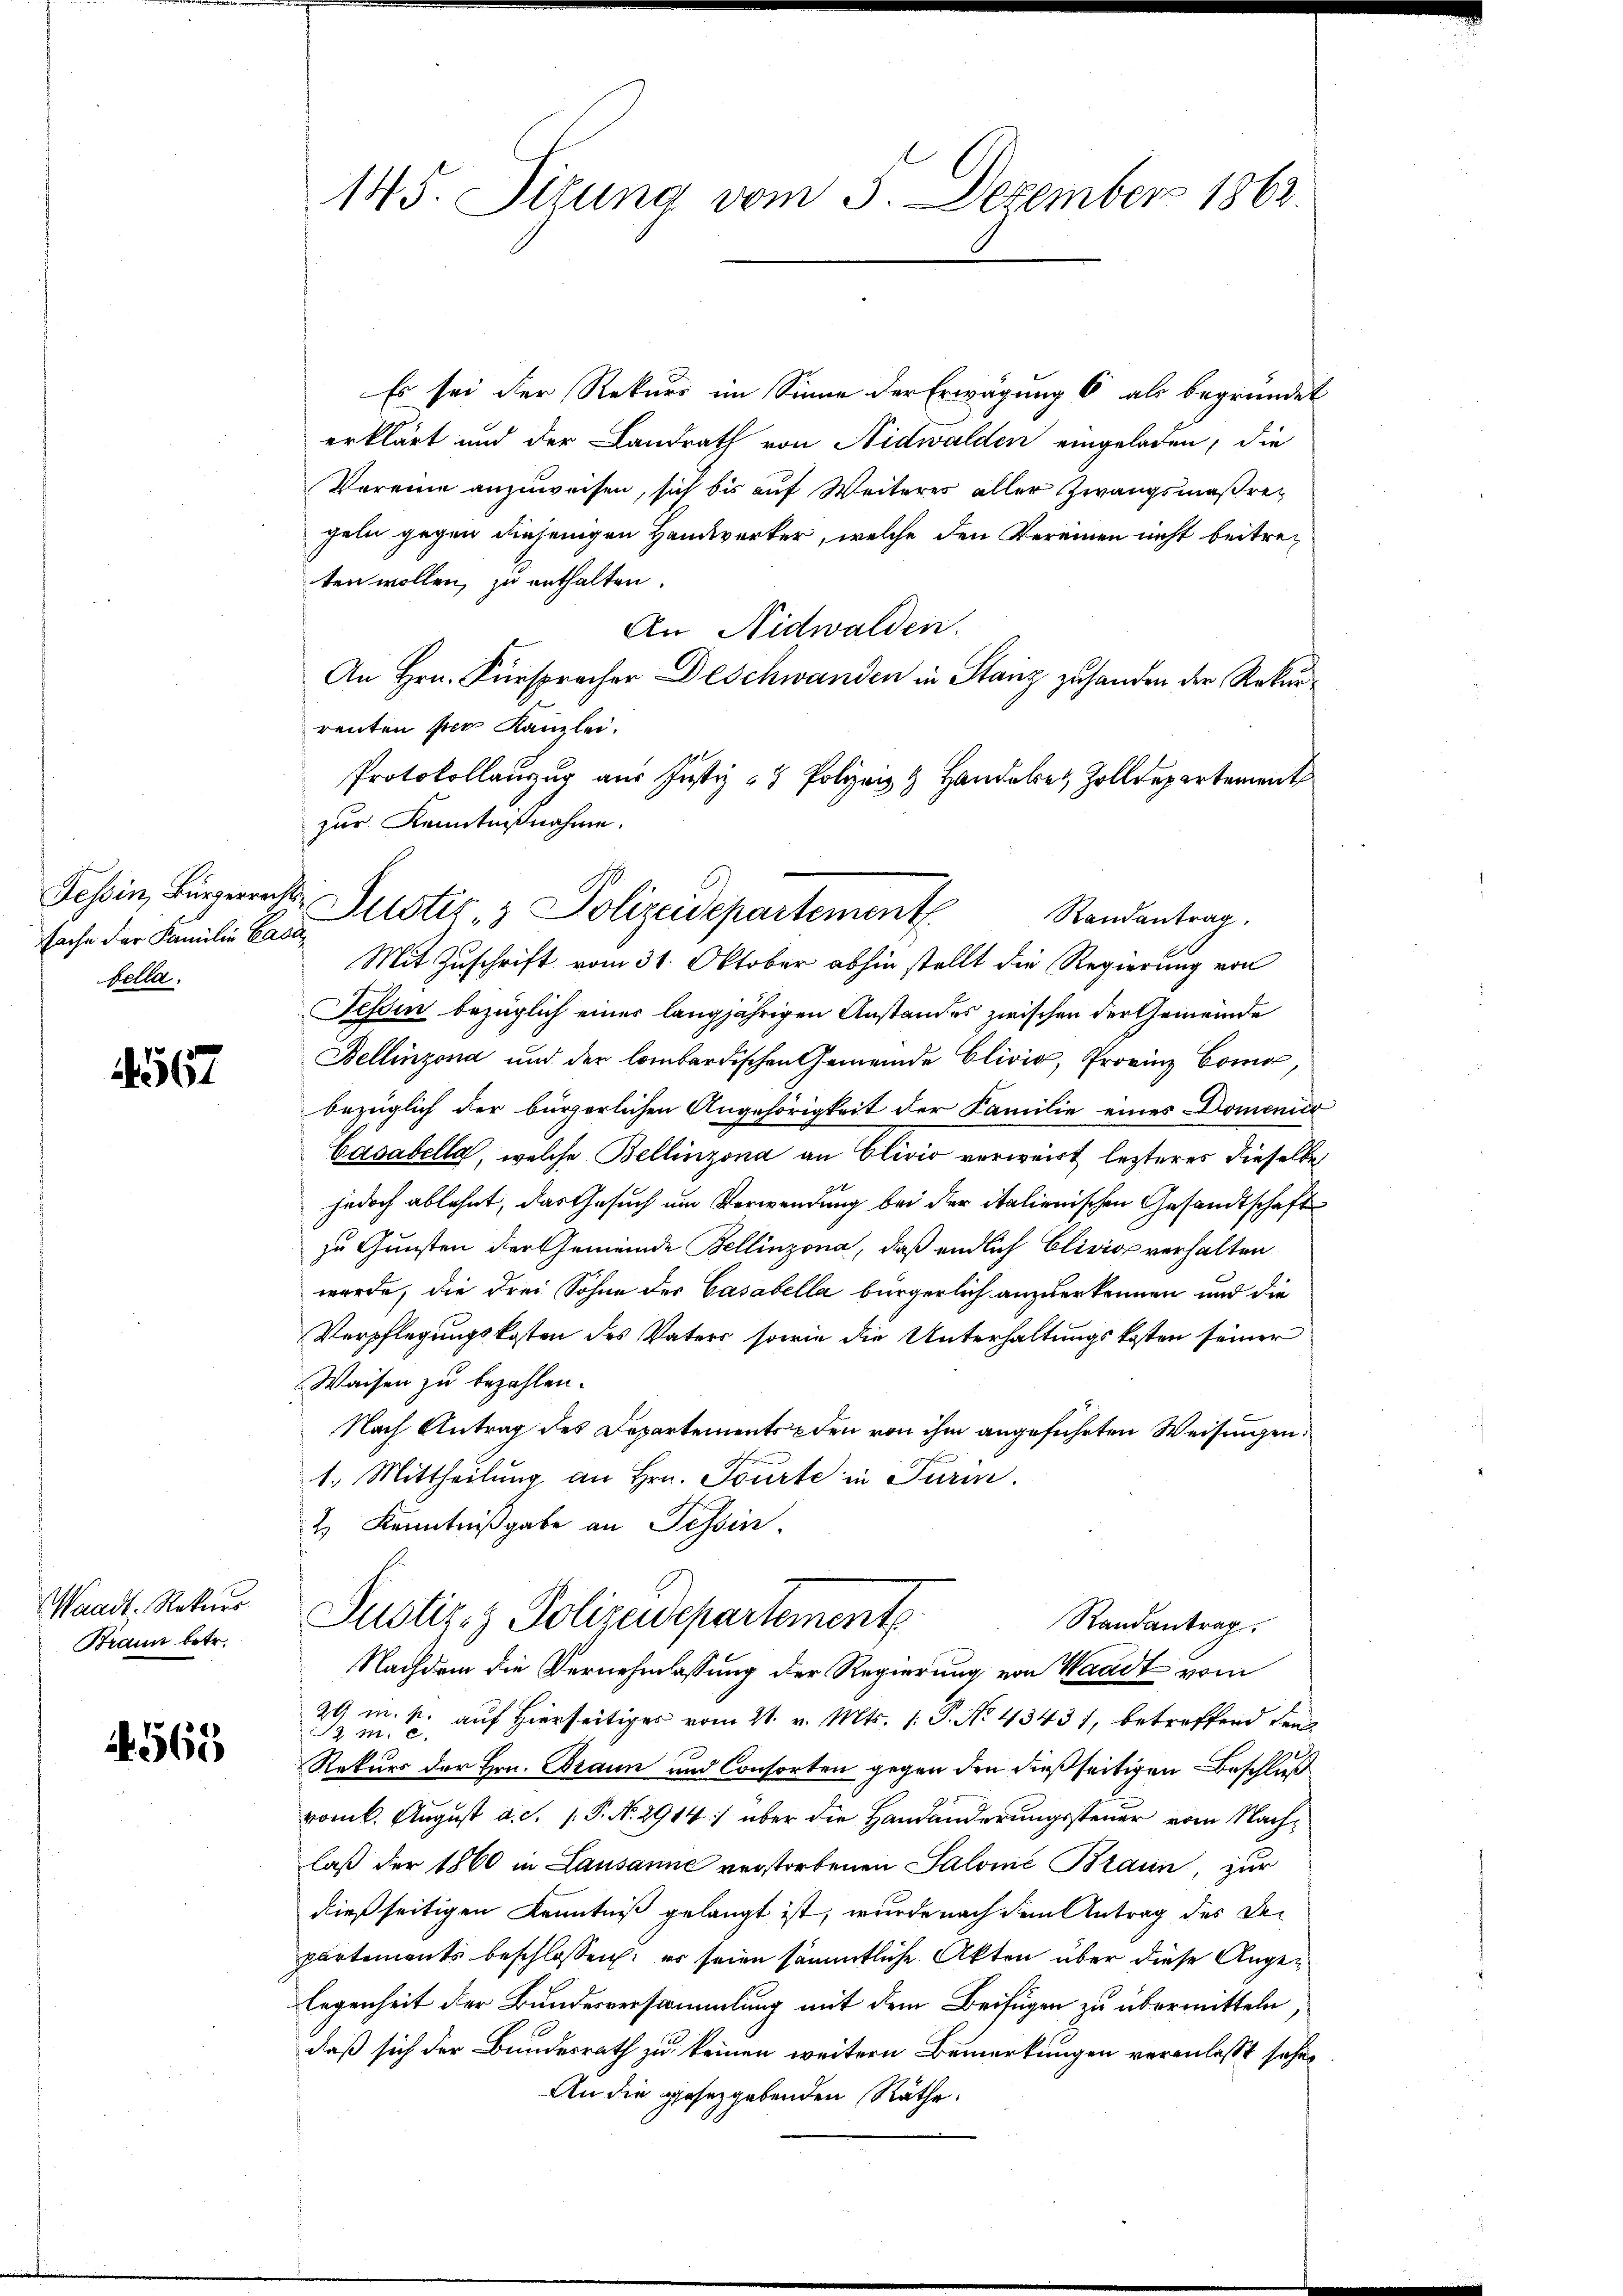
sache der Familie Casa¬
Bolle.

1567

Waadt. Rekurs.
Braun betr.

4565

145. Situng vom 3. Dezember 1862

Es sei der Rekurs im Sinne der Erwägung 6 als begründet
erklärt und der Landrath von Nidwalden eingeladen, die
Vereine anzuweisen, sich bis auf Weiterer aller Zwangsmaßreg
geln gegen diejenigen Handwerker, welche den Vereinen nicht beitreten wollen, zu enthalten.
An Nidwalden.
An Hrn. Fürspracher Deschwanden in Stanz zu handen der Rekurrenten per Kanzlei.
Protokollanzug aus Justiz- & Polizei & Handerer Zolldepartement
zur Kenntnißnahme.
Mit Zuschrift vom 31. Oktober abhin stellt die Regierung von
Fessen bezüglich einer langjährigen Anstandes zwischen der Gemeinde
Bellinzona und der lombardischen Gemeinde Clivia, Provinz Como,
bezüglich der bürgerlichen Angehörigkeit der Familie eines Domenica
Casabella, welche Bellinzona an Clivio verweist letzteres dieselbe
jedoch ablehnt, das Gesuch um Verwendung bei der italienischen Gesandtschaft
zu Gunsten der Gemeinde Bellinzona, daß endlich Clivio verhalten
wurde, die drei Sohne des Casabella bürgerlich anzuerkennen und die
Verpflegungskosten des Vaters, sowie die Unterhaltungskosten seiner
Waisen zu bezahlen.
Nach Antrag des Departements den von ihm angeführten Weisungen.
1. Mittheilung an Hrn. Tourte in Turm.
2 Kenntnißgabe an Tessin
Justiz- & Polizeidepartement
Randantrag.
Nachdem die Vernehmlassung der Regierung von Waadt vom
29 m. p. auf Hierseitiges vom 21. v. Mts. 1. P. No. 43431, betreffend den
 m. c.
Rekurs der Hrn. Braun und Consorten gegen den dießseitigen Beschluß
vomb. August d. d. 1. P. Nr. 2914:/ über die Handänderungssteuer vom Nachlaß der 1860 in Lausanne verstorbenen Salome Braun, zur
dießseitigen Kenntniß gelangt ist, wurde nach dem Antrag des Departements beschlossen: es seien sämmtliche Akten über diese Angelegenheit der Bundesversammlung mit dem Beifügen zu übermitteln
daß sich der Bundesrath zu keinen weitern Bemerkungen veranlasst sehen
An die gesetzgebenden Räthe:

Tessin, Bürgerrecht Justiz- & Polizeidepartement
Randantrag.